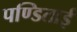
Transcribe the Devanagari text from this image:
पण्डिताई